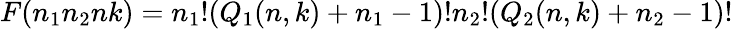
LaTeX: F(n_{1}n_{2}nk)=n_{1}!(Q_{1}(n,k)+n_{1}-1)!n_{2}!(Q_{2}(n,k)+n_{2}-1)!